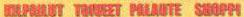
KILPAILUT TOIVEET PALAUTE SHOPPI